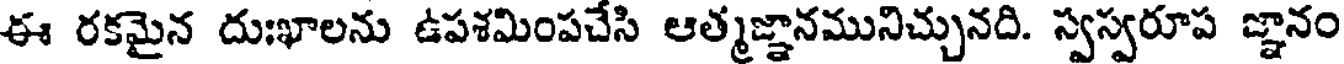
ఈ రకమైన దుఃఖాలను ఉపశమింపచేసి ఆత్మజ్ఞానమునిచ్చునది. స్వస్వరూప జ్ఞానం